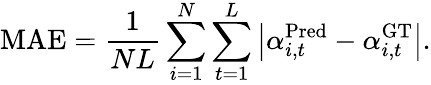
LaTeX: \mathrm{MAE}=\frac{1}{NL}\sum_{i=1}^{N}\sum_{t=1}^{L}\left|\alpha_{i,t}^{\mathrm{Pred}}-\alpha_{i,t}^{\mathrm{GT}}\right|.